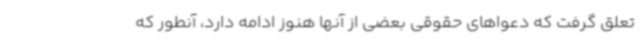
تعلق گرفت که دعواهای حقوقی بعضی از آنها هنوز ادامه دارد، آنطور که